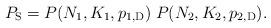
LaTeX: \begin{align*}P_{\mathrm{S}}=P(N_1,K_1,p_{1,\mathrm{D}})\;P(N_2,K_2,p_{2,\mathrm{D}}).\end{align*}